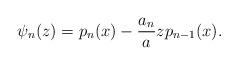
LaTeX: \begin{align*}\psi_n(z)=p_n(x)-\frac{a_n}{a}z p_{n-1}(x).\end{align*}